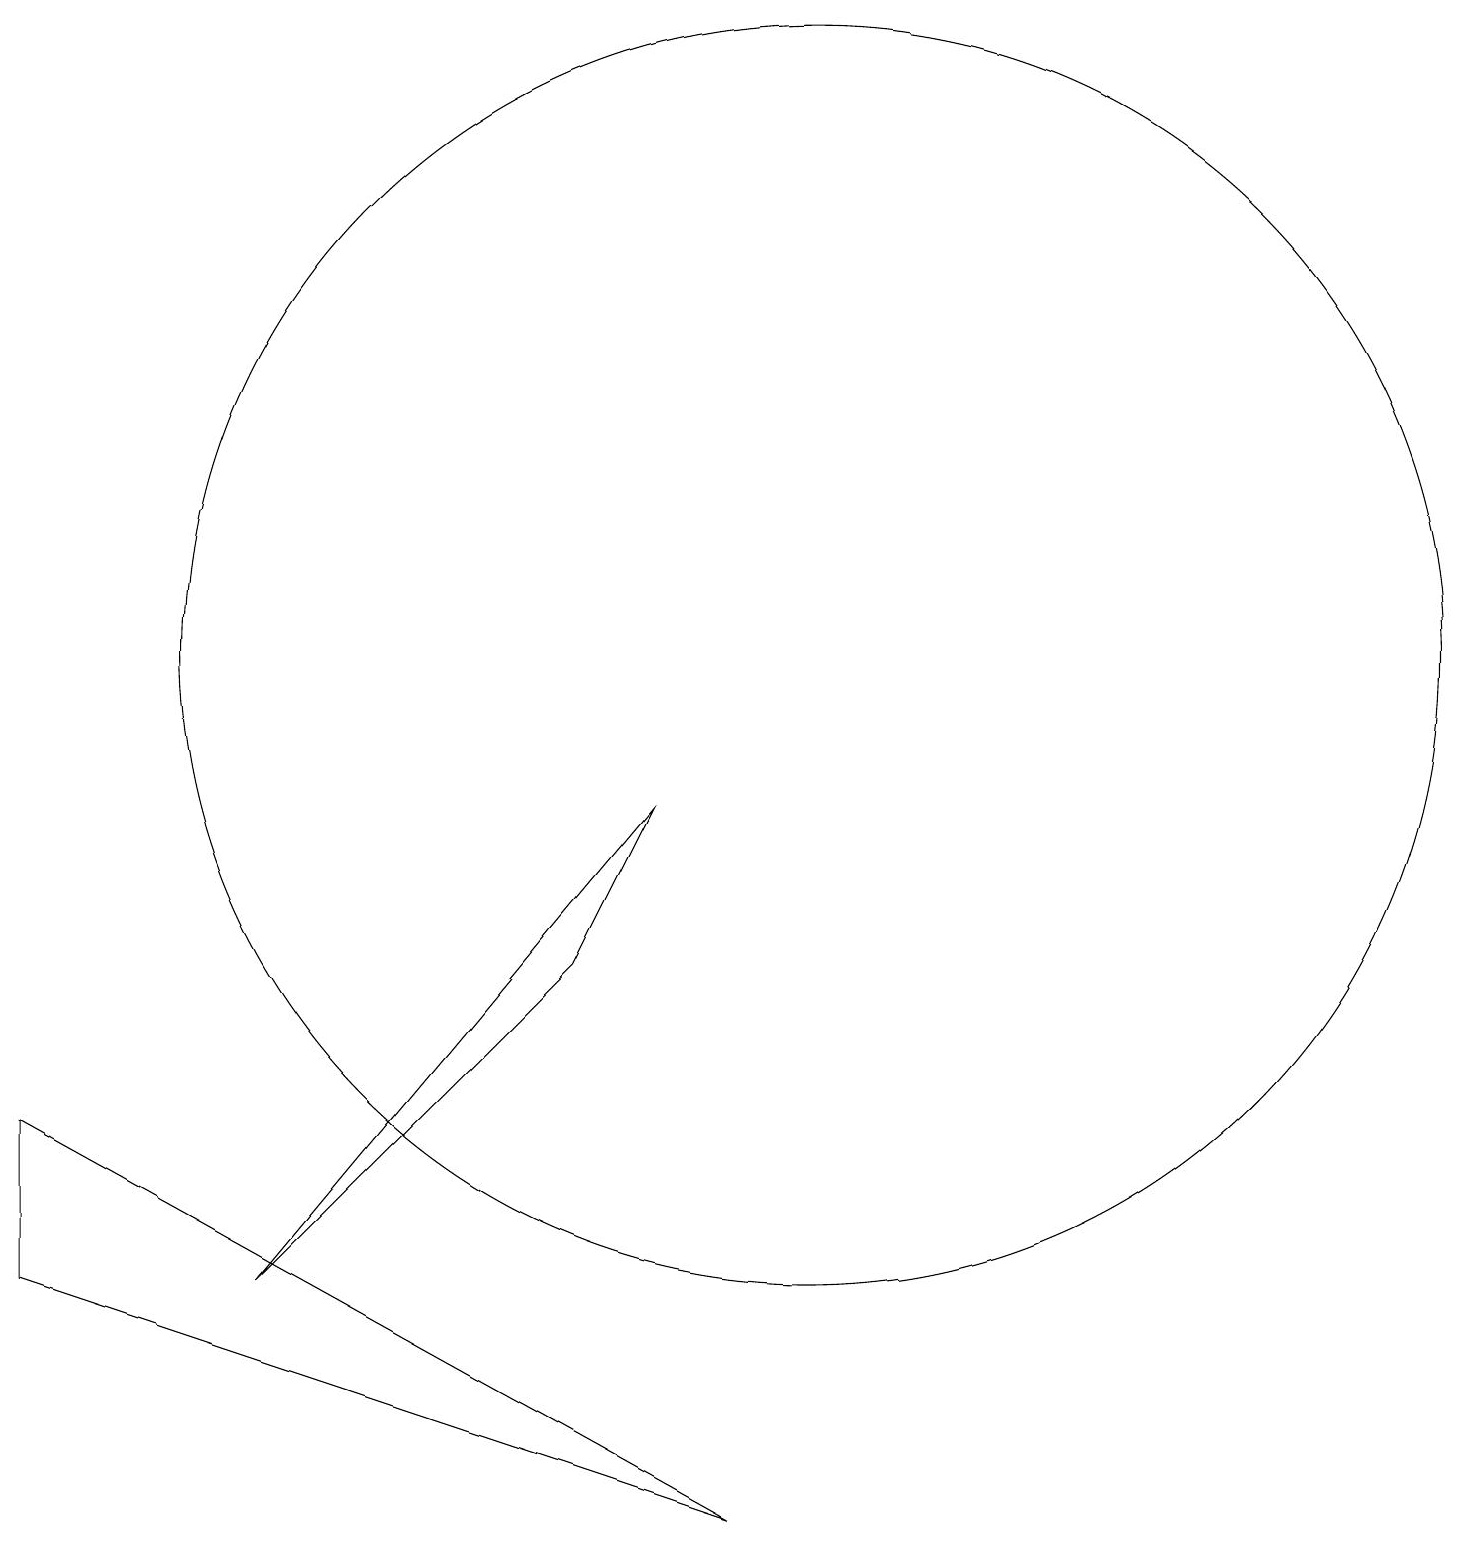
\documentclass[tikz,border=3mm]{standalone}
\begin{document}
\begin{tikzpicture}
\draw (0,5) -- (0,3) -- (9,0) -- cycle;
\draw (10,11) circle (8);
\draw (8,9) -- (7,7) -- (3,3) -- cycle;
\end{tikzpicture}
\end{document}